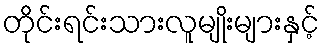
တိုင်းရင်းသားလူမျိုးများနှင့်